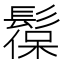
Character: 𩭼